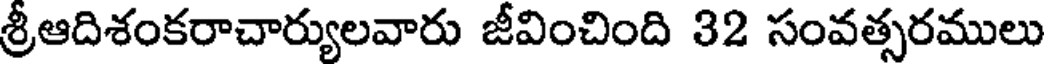
శ్రీఆదిశంకరాచార్యులవారు జీవించింది 32 సంవత్సరములు